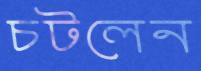
চটলেন